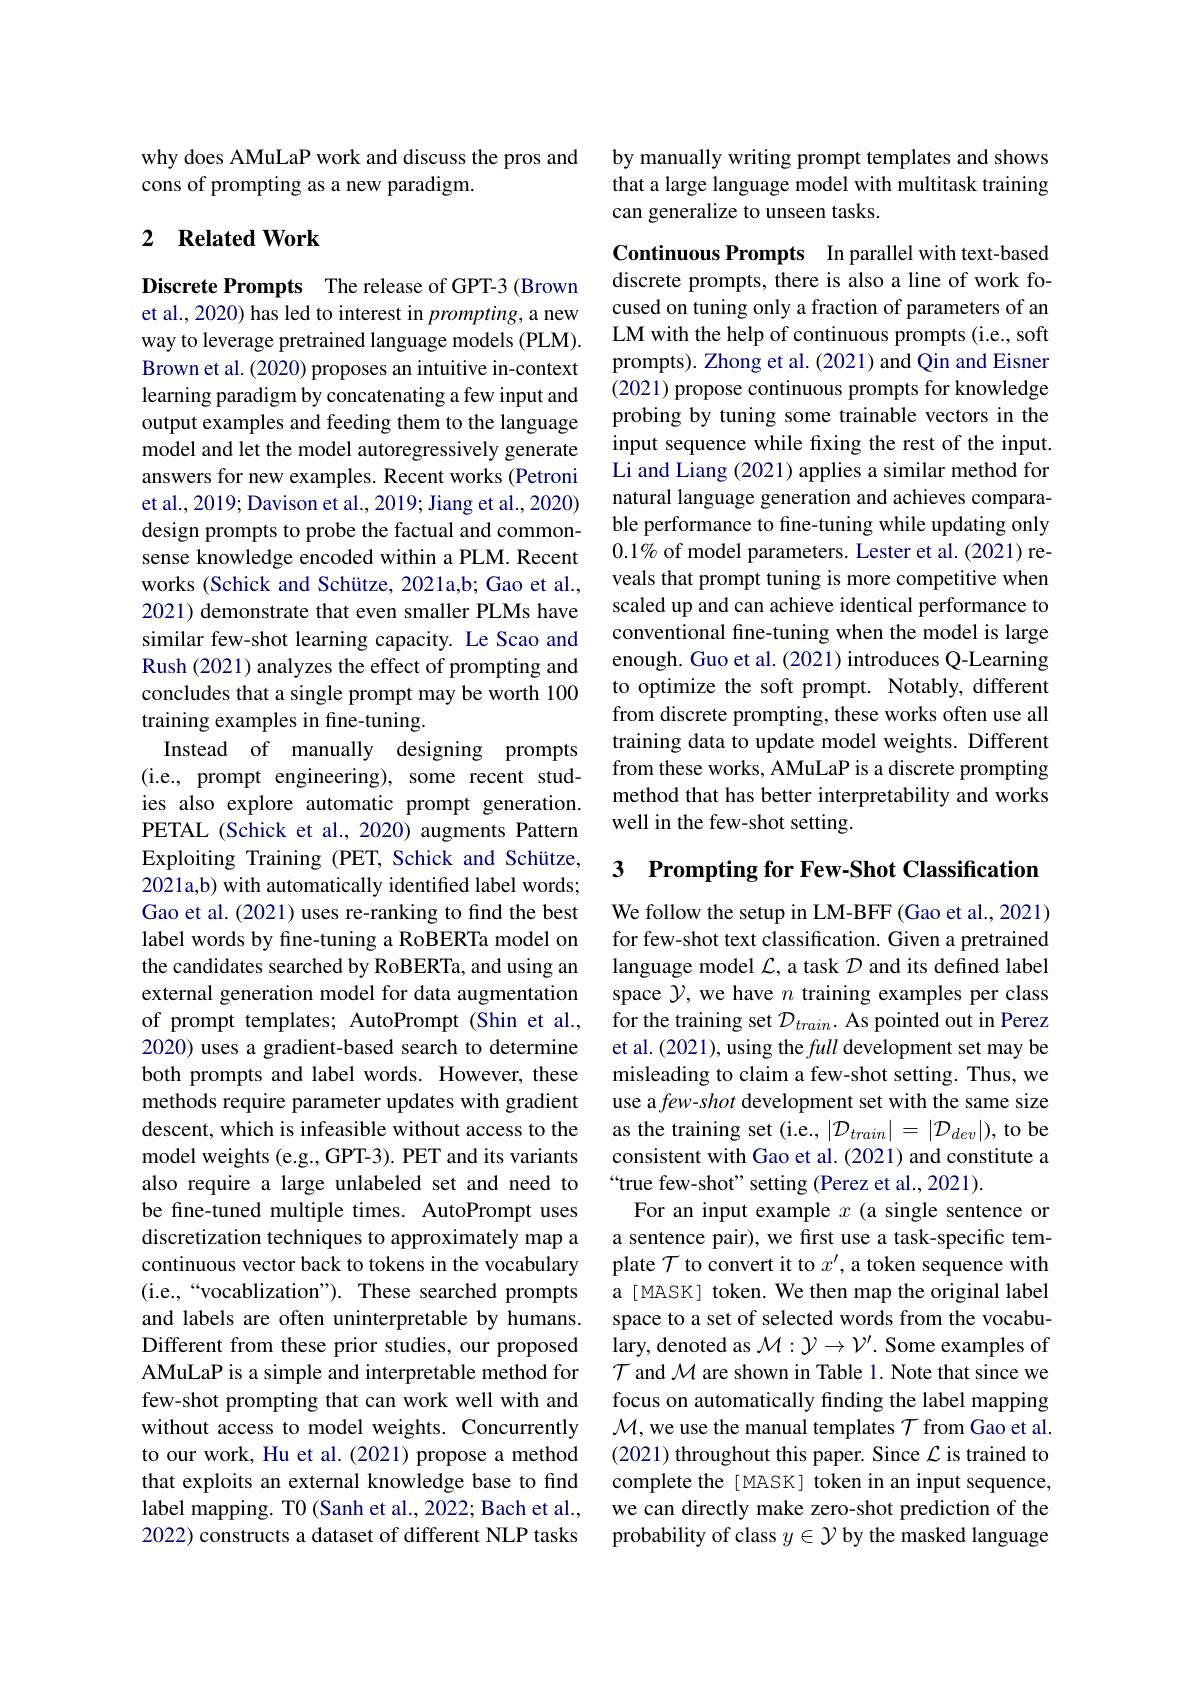
why does AMuLaP work and discuss the pros and
cons of prompting as a new paradigm.

## 2 $\textbf{Related Work}$

Discrete Prompts The release of GPT-3 (Brown et al., 2020) has led to interest in prompting, a new way to leverage pretrained language models (PLM). Brown et al. (2020) proposes an intuitive in-context learning paradigm by concatenating a few input and output examples and feeding them to the language model and let the model autoregressively generate answers for new examples. Recent works (Petroni et al., 2019; Davison et al., 2019; Jiang et al., 2020) design prompts to probe the factual and commonsense knowledge encoded within a PLM. Recent works (Schick and Schütze, 2021a,b; Gao et al., 2021) demonstrate that even smaller PLMs have similar few-shot learning capacity. Le Scao and Rush (2021) analyzes the effect of prompting and concludes that a single prompt may be worth 100 training examples in fine-tuning.
Instead of manually designing prompts (i.e., prompt engineering), some recent studies also explore automatic prompt generation. PETAL (Schick et al., 2020) augments Pattern Exploiting Training (PET, Schick and Schütze, 2021a,b) with automatically identified label words; Gao et al. (2021) uses re-ranking to find the best label words by fine-tuning a RoBERTa model on the candidates searched by RoBERTa, and using an external generation model for data augmentation of prompt templates; AutoPrompt (Shin et al., 2020) uses a gradient-based search to determine both prompts and label words. However, these methods require parameter updates with gradient descent, which is infeasible without access to the model weights (e.g., GPT-3). PET and its variants also require a large unlabeled set and need to be fine-tuned multiple times. AutoPrompt uses discretization techniques to approximately map a continuous vector back to tokens in the vocabulary (i.e.,“vocablization”). These searched prompts and labels are often uninterpretable by humans. Different from these prior studies, our proposed AMuLaP is a simple and interpretable method for few-shot prompting that can work well with and without access to model weights. Concurrently to our work, Hu et al.(2021) propose a method that exploits an external knowledge base to find label mapping. T0 (Sanh et al., 2022; Bach et al., 2022) constructs a dataset of different NLP tasks

by manually writing prompt templates and shows that a large language model with multitask training can generalize to unseen tasks.

Continuous Prompts In parallel with text-based discrete prompts, there is also a line of work focused on tuning only a fraction of parameters of an LM with the help of continuous prompts (i.e., soft prompts). Zhong et al. (2021) and Qin and Eisner (2021) propose continuous prompts for knowledge probing by tuning some trainable vectors in the input sequence while fixing the rest of the input. Li and Liang (2021) applies a similar method for natural language generation and achieves comparable performance to fine-tuning while updating only $0.1\%$ of model parameters. Lester et al.(2021) reveals that prompt tuning is more competitive when scaled up and can achieve identical performance to conventional fine-tuning when the model is large enough. Guo et al. (2021) introduces Q-Learning to optimize the soft prompt. Notably, different from discrete prompting, these works often use all training data to update model weights. Different from these works, AMuLaP is a discrete prompting method that has better interpretability and works well in the few-shot setting.

3 Prompting for Few-Shot Classification

We follow the setup in LM-BFF (Gao et al., 2021) for few-shot text classification. Given a pretrained language model $\mathcal{L}$,a task $\mathcal{D}$ and its defined label space $\mathcal{Y}$, we have $n$ training examples per class for the training set $\mathcal{D}_train.$ As pointed out in Perez et al. (2021), using the full development set may be misleading to claim a few-shot setting. Thus, we use a few-shot development set with the same size as the training set (i.e., $|\mathcal{D}_train|=|\mathcal{D}_dev|)$, to be consistent with Gao et al. (2021) and constitute a “true few-shot" setting (Perez et al., 2021).
For an input example $x$ (a single sentence or a sentence pair), we first use a task-specific template $\mathcal{T}$ to convert it to $x^\prime$, a token sequence with a [MASK] token. We then map the original label space to a set of selected words from the vocabulary, denoted as $\mathcal{M}:\mathcal{Y}\to\mathcal{V}^{\prime}.$ Some examples of $\mathcal{T}$ and $\mathcal{M}$ are shown in Table 1. Note that since we focus on automatically finding the label mapping $\mathcal{M}$, we use the manual templates $\mathcal{T}$ from Gao et al. (2021) throughout this paper. Since $\mathcal{L}$ is trained to complete the [ MASK] token in an input sequence, we can directly make zero-shot prediction of the probability of class $y\in\mathcal{Y}$ by the masked language